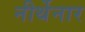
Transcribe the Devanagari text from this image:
नीर्थेनार